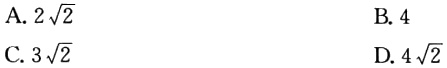
A. \(2\sqrt{2}\)

B. \(4\)

C. \(3\sqrt{2}\)

D. \(4\sqrt{2}\)